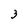
Character: 3